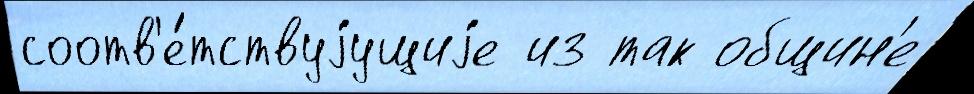
соотв'е́тствуjущиjе из так общин'е